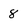
Character: 8